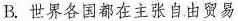
B.世界各国都在主张自由贸易